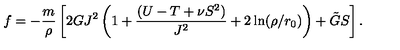
f = - \frac { m } { \rho } \left[ 2 G J ^ { 2 } \left( 1 + \frac { ( U - T + \nu S ^ { 2 } ) } { J ^ { 2 } } + 2 \ln ( \rho / r _ { 0 } ) \right) + \tilde { G } S \right] .